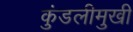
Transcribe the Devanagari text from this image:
कुंडलीमुखी